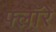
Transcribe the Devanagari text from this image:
फ्लॉरे